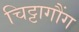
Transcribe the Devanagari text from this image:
चिट्टागौंग